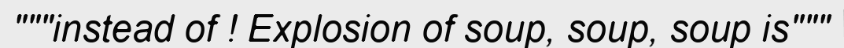
"""instead of ! Explosion of soup, soup, soup is"""